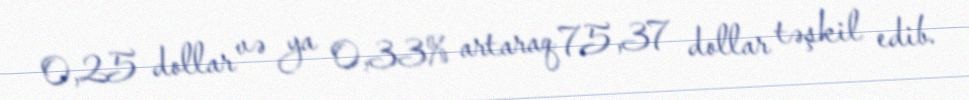
0,25 dollar və ya 0,33% artaraq 75,37 dollar təşkil edib.